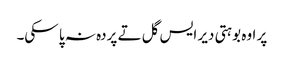
‏ پر اوہ بوہتی دیر ایس گل تے پردہ نہ پا سکی۔